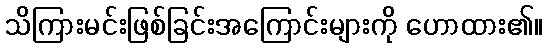
သိကြားမင်းဖြစ်ခြင်းအကြောင်းများကို ဟောထား၏။